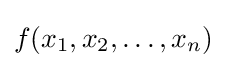
f(x_{1},x_{2},\dots ,x_{n})